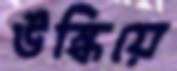
উস্‌কিয়ে